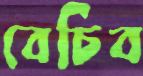
বেচিব